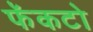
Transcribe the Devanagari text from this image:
फॅकटो